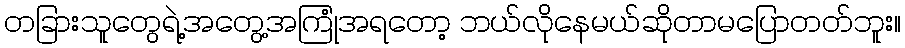
တခြားသူတွေရဲ့အတွေ့အကြုံအရတော့ ဘယ်လိုနေမယ်ဆိုတာမပြောတတ်ဘူး။